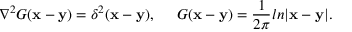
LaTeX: \nabla ^ { 2 } G ( { \bf x } - { \bf y } ) = \delta ^ { 2 } ( { \bf x } - { \bf y } ) , \; \; \; \; \; G ( { \bf x } - { \bf y } ) = \frac { 1 } { 2 \pi } l n | { \bf x } - { \bf y } | .